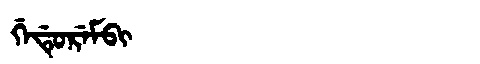
Manchu: ᡤᡝᡩᡠᡵᡝᠮᠪᡳ
Romanization: GEDUREMBI